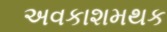
અવકાશમથક